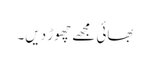
بھائی مجھے چھوڑ دیں۔